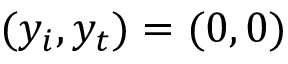
( y _ { i } , y _ { t } ) = ( 0 , 0 )